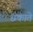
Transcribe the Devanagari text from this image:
छकाते